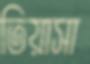
তিয়াসা